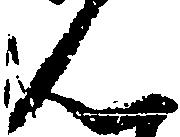
ん